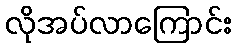
လိုအပ်လာကြောင်း